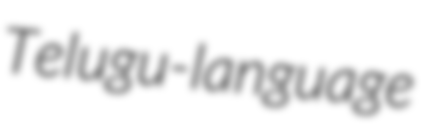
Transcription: Telugu-language